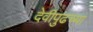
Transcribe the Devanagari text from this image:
देवीपुढच्या